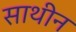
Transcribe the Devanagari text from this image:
साथीन